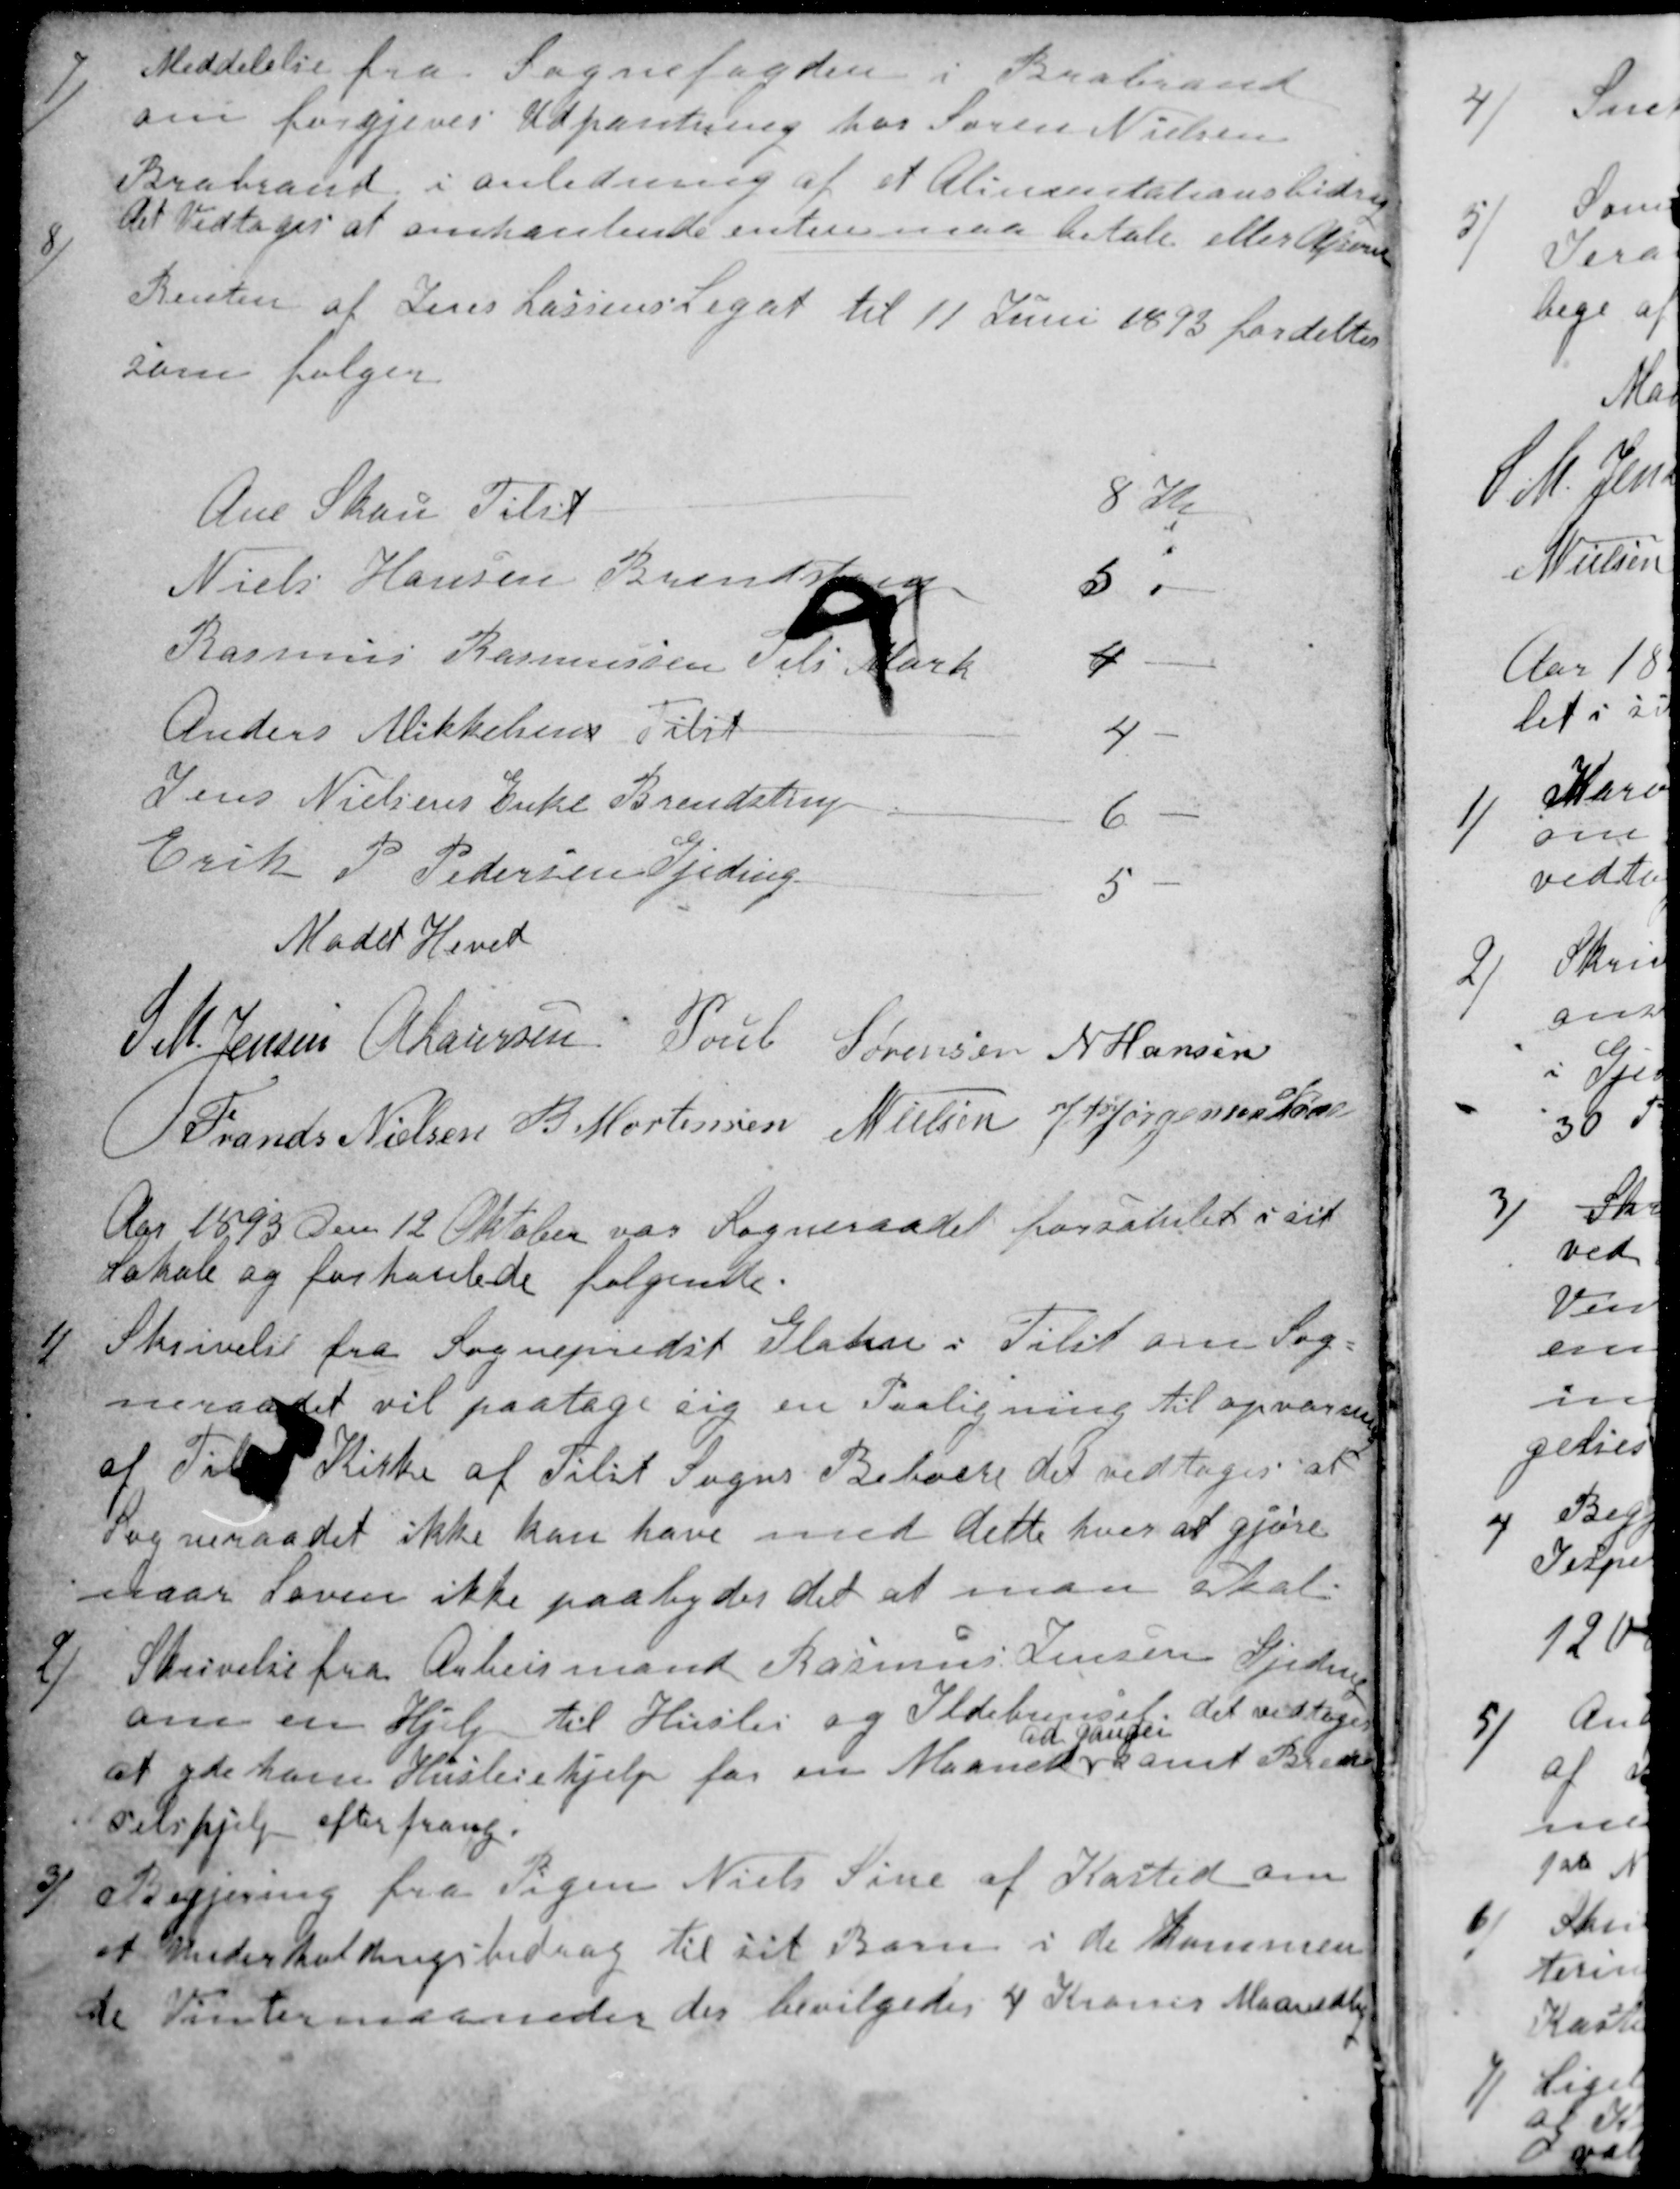
Transskription:
7)
Meddelelse fra Sognefogden i Brabrand
om forgjeves Udpantning hos Søren Nielsen
Brabrand i anledning af et Alimentationsbidrag
Det vedtoges at omhandende enten maa betale eller Afsone
8)
Renten af Jens Lassens Legat til 11 Juni 1893 fordeltes
som følger
Ane Skou Tilst 8 Kr

Niels Hansen Brendstrup 5 -

Rasmus Rasmussen Tils Mark 4-

Anders Mikkelsens Tilst 4 -

Jens Nielsens Enke Brendstrup 6 -

Erik P Pedersen Gjeding 5-

Mødet Hevet
S M. Jensen
A Laursen
Poul Sørensen
N Hansen
Frands Nielsen
B Mortensen
N Nielsen
J. P Jørgensen Kaae
Aar 1893 den 12 Oktober var Sogneraadet forsamlet i sit
Lokale og forhandlede følgende.
1)
Skrivelse fra Sognepræst Glahn i Tilst om Sog=
neraadet vil paatage sig en Paaligning til opvarmning
af Tilst Kirke af Tilst Sogns Beboere det vedtoges at
Sogneraadet ikke kan have med dette hver at gjøre
naar Loven ikke paabyder det at man skal.
2)
Skrivelse fra Arbeidsmand Rasmus Jensen Gjeding
om en Hjelp til Husleie og Ildebrensel. det vedtoges
at yde ham Husleiehjelp for en Maaned
ad Gangen
samt Brend-
selshjælp efter trang.
3)
Begjering fra Pigen Niels Sine af Kasted om
et Underholdingsbidrag til sit Barn i de kommen
de Vintermaaneder der bevilgedes 4 Kroner Maanedlig